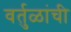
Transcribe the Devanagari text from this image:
वर्तुळांची